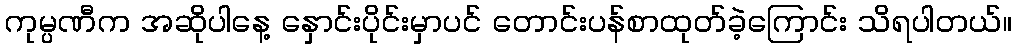
ကုမ္ပဏီက အဆိုပါနေ့ နှောင်းပိုင်းမှာပင် တောင်းပန်စာထုတ်ခဲ့ကြောင်း သိရပါတယ်။